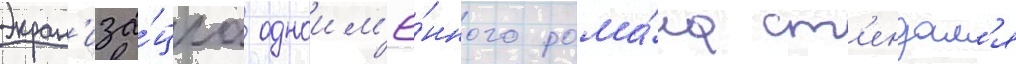
Экран'иза́циа одноим'ё́нного рома́на ст'ендал'я